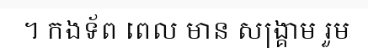
។ កងទ័ព ពេល មាន សង្គ្រាម រួម